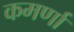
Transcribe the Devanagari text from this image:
कमर्णा